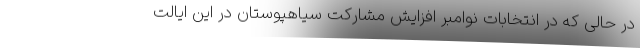
در حالی که در انتخابات نوامبر افزایش مشارکت سیاهپوستان در این ایالت